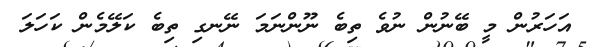
އަހަރުން މީ ބޭނުން ނުވެ ތިބެ ނޫންނަމަ ނޭނގި ތިބެ ކަލޭމެން ކަހަލަ